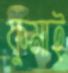
কুমাই